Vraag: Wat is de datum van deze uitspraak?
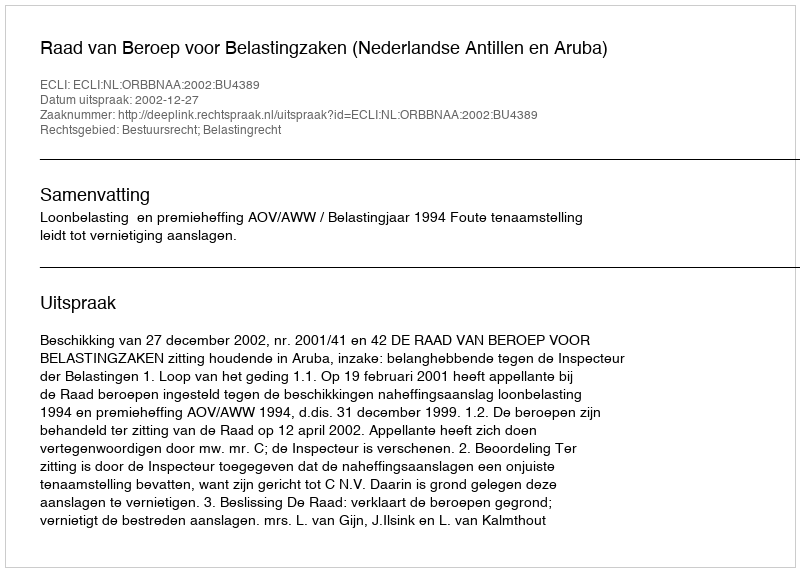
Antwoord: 2002-12-27